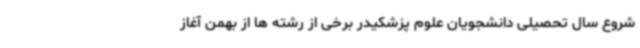
شروع سال تحصیلی دانشجویان علوم پزشکیدر برخی از رشته ها از بهمن آغاز